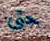
حتى